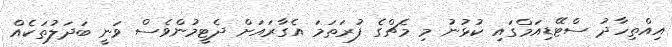
އިއްތިހާދު ސްޓޭޑިއަމްގައި ކުޅުނު މި މެޗްގެ ފުރަތަމަ އެގާރައަށް ދެޓީމުންވެސް ވަނީ ބަދަލުތަކެއް